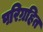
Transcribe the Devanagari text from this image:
परिग्रहित